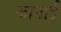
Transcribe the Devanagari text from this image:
जानाई